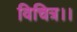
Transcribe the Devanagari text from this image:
विचित्र।।